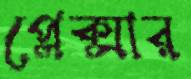
প্লেক্সার